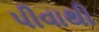
પીવાથી